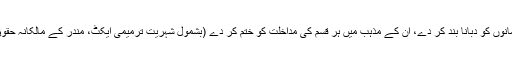
مودی حکومت کے لیے اب صرف ایک ہی راستہ باقی رہ گیا ہے اور وہ یہ کہ مسلمانوں کو دبانا بند کر دے، ان کے مذہب میں ہر قسم کی مداخلت کو ختم کر دے (بشمول شہریت ترمیمی ایکٹ، مندر کے مالکانہ حقوق اور حج سبسڈی)، اور تمام بھارتیوں کوقانون کے مطابق یکساں حقوق فراہم کرے۔